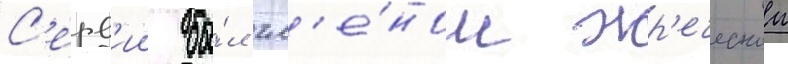
С'ерв'ии бы́л чл'е́ном жр'еческои